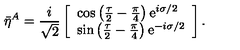
\bar { \eta } { } ^ { A } = \frac { i } { \sqrt { 2 } } \left[ \begin{array} { l } { \cos \left( \frac { \tau } { 2 } - \frac { \pi } { 4 } \right) \mathrm { e } ^ { i \sigma / 2 } } \\ { \sin \left( \frac { \tau } { 2 } - \frac { \pi } { 4 } \right) \mathrm { e } ^ { - i \sigma / 2 } } \\ \end{array} \right] .